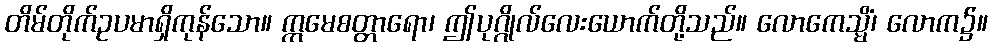
တိမ်တိုက်ဥပမာရှိကုန်သော။ ဣမေစတ္တာရော၊ ဤပုဂ္ဂိုလ်လေးယောက်တို့သည်။ လောကေသ္မိံ၊ လောက၌။